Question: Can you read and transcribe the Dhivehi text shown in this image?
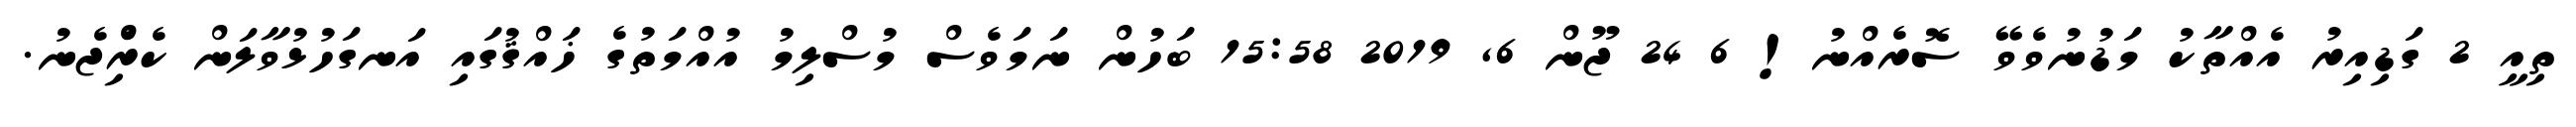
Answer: ތިއީ 2 ގަޑިއިރު އެއްތާކު މަޑުނުވެވޭ ސޮރެއްނު! 6 24 ޖޫން 6, 2019 15:58 ބަހުން ނަމަވެސް މުސްލިމު އުއްމަތުގެ ޚައްޤުގައި އަނގަހުޅުވާލަން ކެރިެްޖެނު.